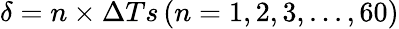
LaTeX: \delta=n\times\Delta Ts\left(n=1,2,3,...,60\right)